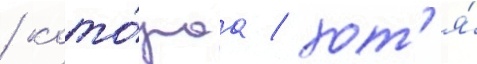
/ кото́раа / хот'я́